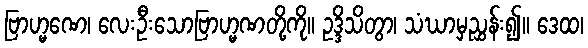
ဗြာဟ္မဏေ၊ လေးဦးသောဗြာဟ္မဏတို့ကို။ ဥဒ္ဒိသိတွာ၊ သံဃာမှညွှန်း၍။ ဒေထ၊